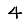
Digit: 4